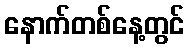
နောက်တစ်နေ့တွင်